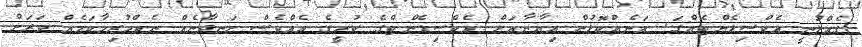
ގެއްލުނީ އެކްސިޑެންޓެއްގަ. އަނެއްކޮޅުން އިޔާނާއަށް އެކްސިޑެންޓްގެ ކުރީގެ އެއްވެސް ހަނދާނެއް ނެތްހުރިހާކަމެއް ވަރަށް